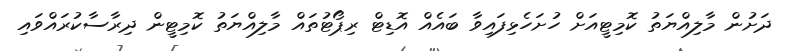
ދަށުން މާލިއްޔަތު ކޮމިޓީއަށް ހުށަހެޅިފައިވާ ބައެއް އޮޑިޓް ރިޕޯޓުތައް މާލިއްޔަތު ކޮމިޓީން ދިރާސާކުރައްވައި